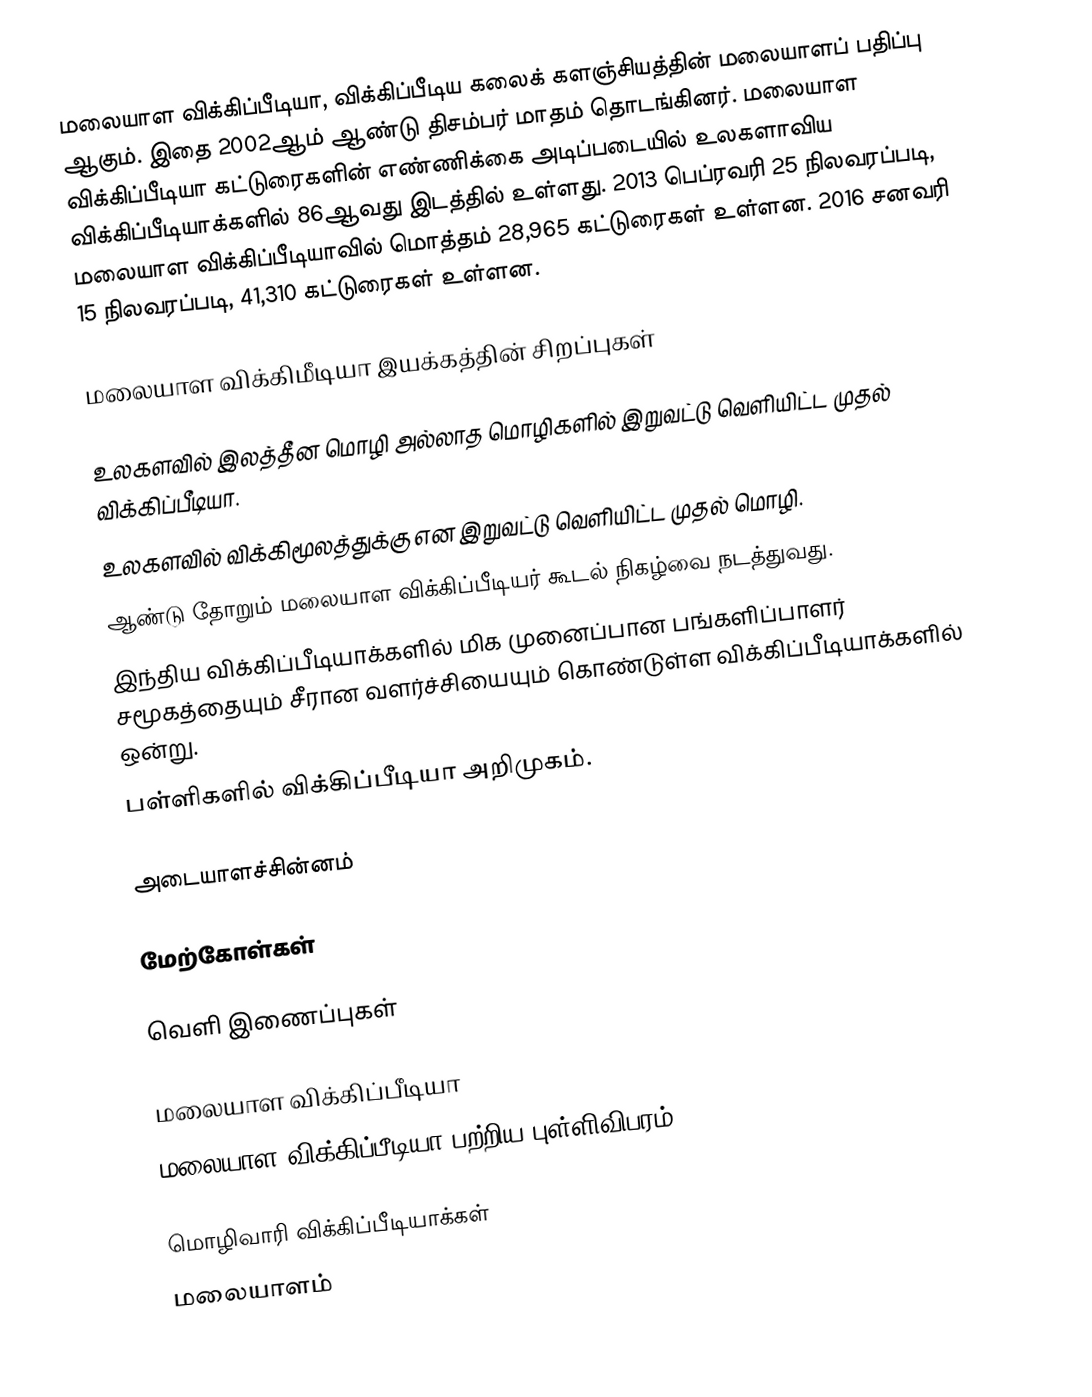
மலையாள விக்கிப்பீடியா, விக்கிப்பீடிய கலைக் களஞ்சியத்தின் மலையாளப் பதிப்பு ஆகும். இதை 2002ஆம் ஆண்டு திசம்பர் மாதம் தொடங்கினர். மலையாள விக்கிப்பீடியா கட்டுரைகளின் எண்ணிக்கை அடிப்படையில் உலகளாவிய விக்கிப்பீடியாக்களில் 86ஆவது இடத்தில் உள்ளது. 2013  பெப்ரவரி 25 நிலவரப்படி,  மலையாள விக்கிப்பீடியாவில் மொத்தம் 28,965 கட்டுரைகள் உள்ளன. 2016 சனவரி 15 நிலவரப்படி, 41,310 கட்டுரைகள் உள்ளன.

மலையாள விக்கிமீடியா இயக்கத்தின் சிறப்புகள்

 உலகளவில் இலத்தீன மொழி அல்லாத மொழிகளில் இறுவட்டு வெளியிட்ட முதல் விக்கிப்பீடியா.
 உலகளவில் விக்கிமூலத்துக்கு என இறுவட்டு வெளியிட்ட முதல் மொழி.
 ஆண்டு தோறும் மலையாள விக்கிப்பீடியர் கூடல் நிகழ்வை நடத்துவது.
 இந்திய விக்கிப்பீடியாக்களில் மிக முனைப்பான பங்களிப்பாளர் சமூகத்தையும் சீரான வளர்ச்சியையும் கொண்டுள்ள விக்கிப்பீடியாக்களில் ஒன்று.
 பள்ளிகளில் விக்கிப்பீடியா அறிமுகம்.

அடையாளச்சின்னம்

மேற்கோள்கள்

வெளி இணைப்புகள்

 மலையாள விக்கிப்பீடியா
 மலையாள விக்கிப்பீடியா பற்றிய புள்ளிவிபரம்

மொழிவாரி விக்கிப்பீடியாக்கள்
மலையாளம்